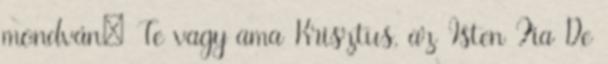
mondván: Te vagy ama Krisztus, az Isten Fia De